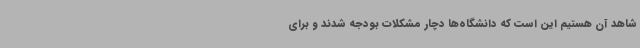
شاهد آن هستیم این است که دانشگاه‌ها دچار مشکلات بودجه شدند و برای